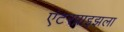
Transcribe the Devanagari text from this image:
एंटरप्राइझला